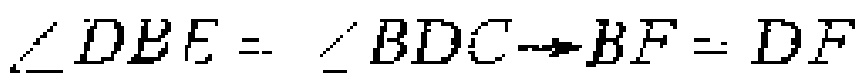
$\angle DBE = \angle BDC\Rightarrow BF = DF$